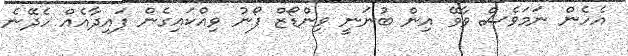
އެހެން ނަމަވެސް ވާވޭ އިން ބުނަނީ ވިންޑޯޒް ފޯނު ވިއްކައިގެން ފައިދާއެއް ހެދޭނެ